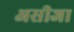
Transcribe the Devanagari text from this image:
असीजा